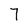
Character: 7